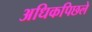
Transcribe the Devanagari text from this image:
अधिकपिछले